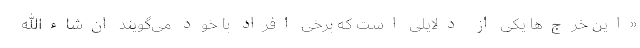
«این خرج‌ها یکی از دلایلی است که برخی افراد با خود می‌گویند ان‌شاءالله